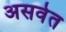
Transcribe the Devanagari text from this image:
असवेत